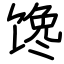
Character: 馋